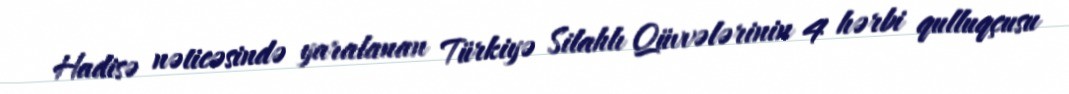
Hadisə nəticəsində yaralanan Türkiyə Silahlı Qüvvələrinin 4 hərbi qulluqçusu